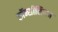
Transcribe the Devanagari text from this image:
कॉन्सीलियम